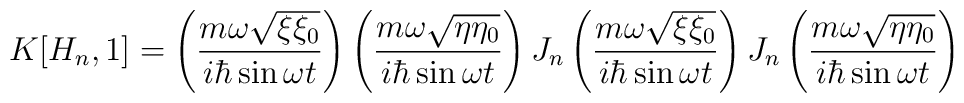
K[H_n,1] =  \left( \frac{m \omega \sqrt{\xi \xi_0}}{i \hbar \sin\omega t } \right)       \left( \frac{m \omega \sqrt{\eta \eta_0}}{i\hbar \sin \omega t}\right)        J_n \left( \frac{m \omega \sqrt{\xi \xi_0}}{i \hbar \sin \omega t }                            \right)        J_n \left( \frac{m \omega \sqrt{\eta \eta_0}}{i\hbar \sin \omega t}         \right)   \nonumber